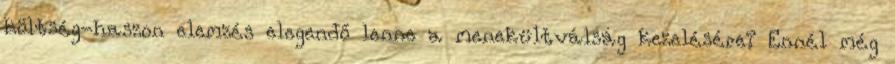
költség-haszon elemzés elegendő lenne a menekültválság kezelésére? Ennél még